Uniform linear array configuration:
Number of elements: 16
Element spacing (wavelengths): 0.75
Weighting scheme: kaiser
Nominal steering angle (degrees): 15
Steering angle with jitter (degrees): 16.335
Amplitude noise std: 0.05
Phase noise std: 0.05

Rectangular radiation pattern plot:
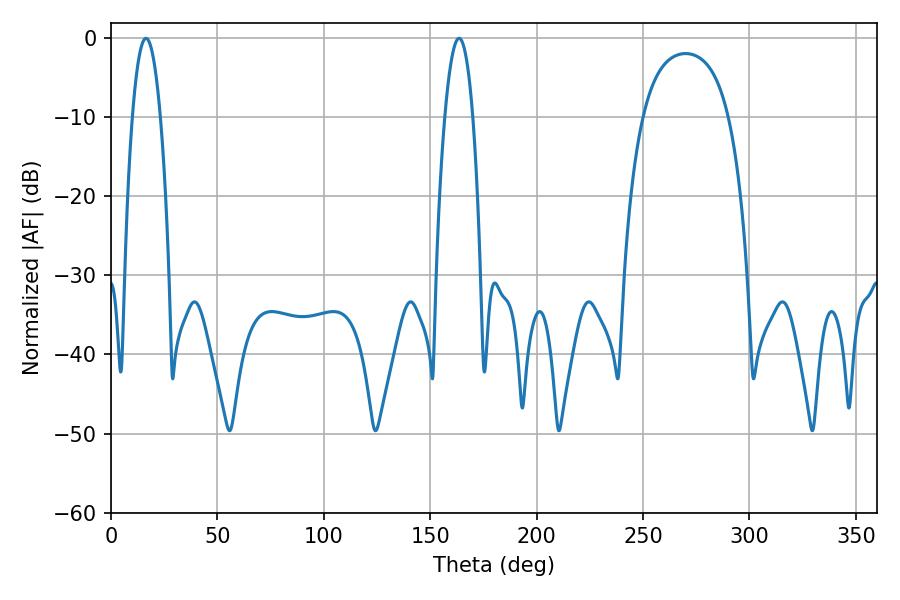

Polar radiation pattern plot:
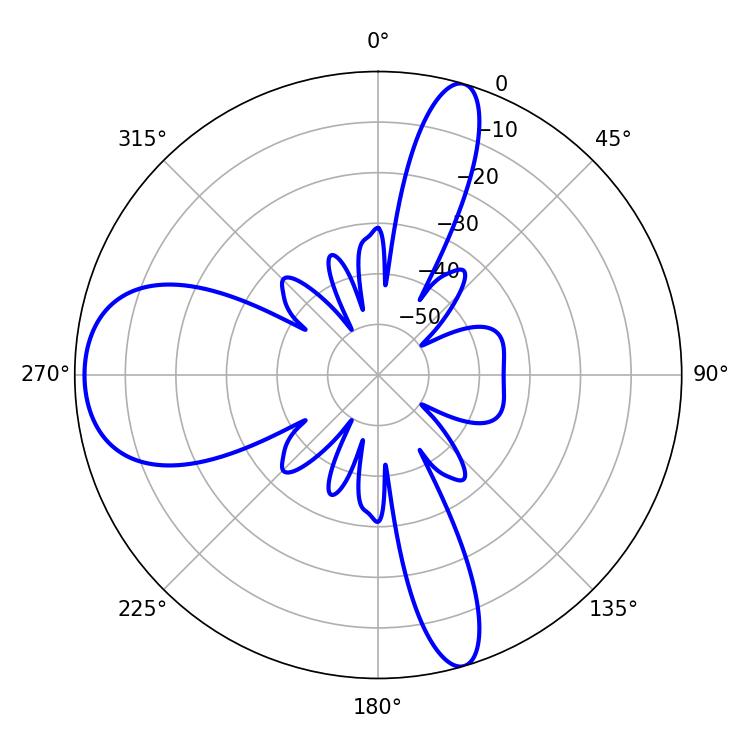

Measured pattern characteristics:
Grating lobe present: TRUE
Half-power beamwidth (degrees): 7.38
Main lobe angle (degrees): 16.38